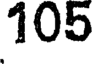
105